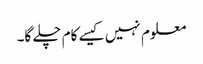
معلوم نہیں کیسے کام چلے گا۔